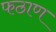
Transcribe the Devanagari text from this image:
फठाण